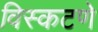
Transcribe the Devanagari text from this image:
विस्कटणे